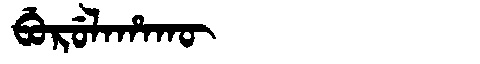
Manchu: ᠪᡠᡵᡠᠯᠠᡥᠠᡴᡡ
Romanization: BURULAHAKŪ